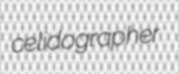
celidographer